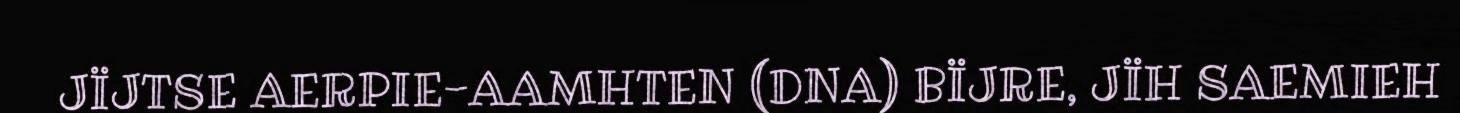
JÏJTSE AERPIE-AAMHTEN (DNA) BÏJRE, JÏH SAEMIEH